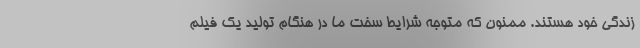
زندگی خود هستند. ممنون که متوجه شرایط سخت ما در هنگام تولید یک فیلم